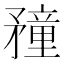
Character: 䂌